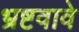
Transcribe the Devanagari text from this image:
भ्रष्टवावे